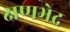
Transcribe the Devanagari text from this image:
क्षणभेद